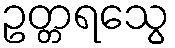
ဥတ္တရသွေ